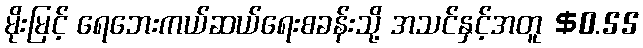
မိုးမြင့် ရေဘေးကယ်ဆယ်ရေးစခန်းသို့ အသင်နှင့်အတူ $0.55